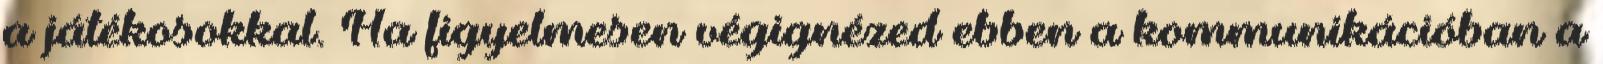
a játékosokkal. Ha figyelmesen végignézed ebben a kommunikációban a